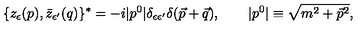
\{ z _ { \epsilon } ( p ) , \bar { z } _ { \epsilon ^ { \prime } } ( q ) \} ^ { * } = - i | p ^ { 0 } | \delta _ { \epsilon \epsilon ^ { \prime } } \delta ( \vec { p } + \vec { q } ) , \qquad | p ^ { 0 } | \equiv \sqrt { m ^ { 2 } + \vec { p } ^ { 2 } } ,